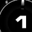
Digit: 1